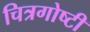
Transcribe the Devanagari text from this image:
चित्रगोष्टी